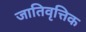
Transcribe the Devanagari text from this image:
जातिवृत्तिक